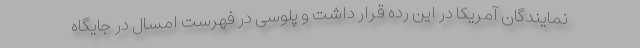
نمایندگان آمریکا در این رده قرار داشت و پلوسی در فهرست امسال در جایگاه